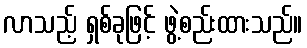
လာသည့် ရှစ်ခုဖြင့် ဖွဲ့စည်းထားသည်။